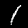
Digit: 1